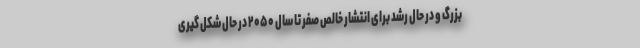
بزرگ و در حال رشد برای انتشار خالص صفر تا سال ۲۰۵۰ در حال شکل گیری